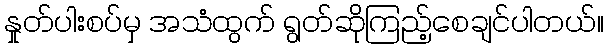
နှုတ်ပါးစပ်မှ အသံထွက် ရွတ်ဆိုကြည့်စေချင်ပါတယ်။